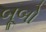
બૂબો